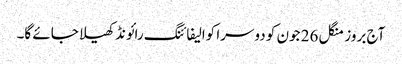
آج بروز منگل 26 جون کو دوسرا کوالیفائنگ رائونڈ کھیلا جائے گا۔